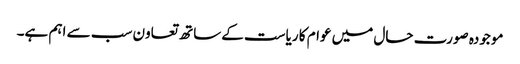
موجودہ صورت حال میں عوام کا ریاست کےساتھ تعاون سب سے اہم ہے۔